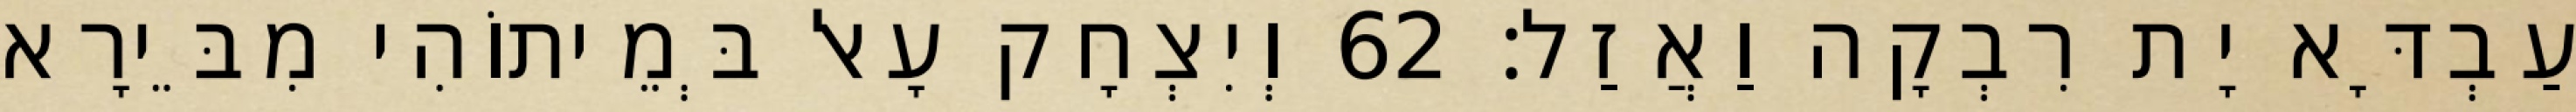
עַבְדָּא יָת רִבְקָה וַאֲזַל׃ 62 וְיִצְחָק עָאל בְּמֵיתוֹהִי מִבֵּירָא